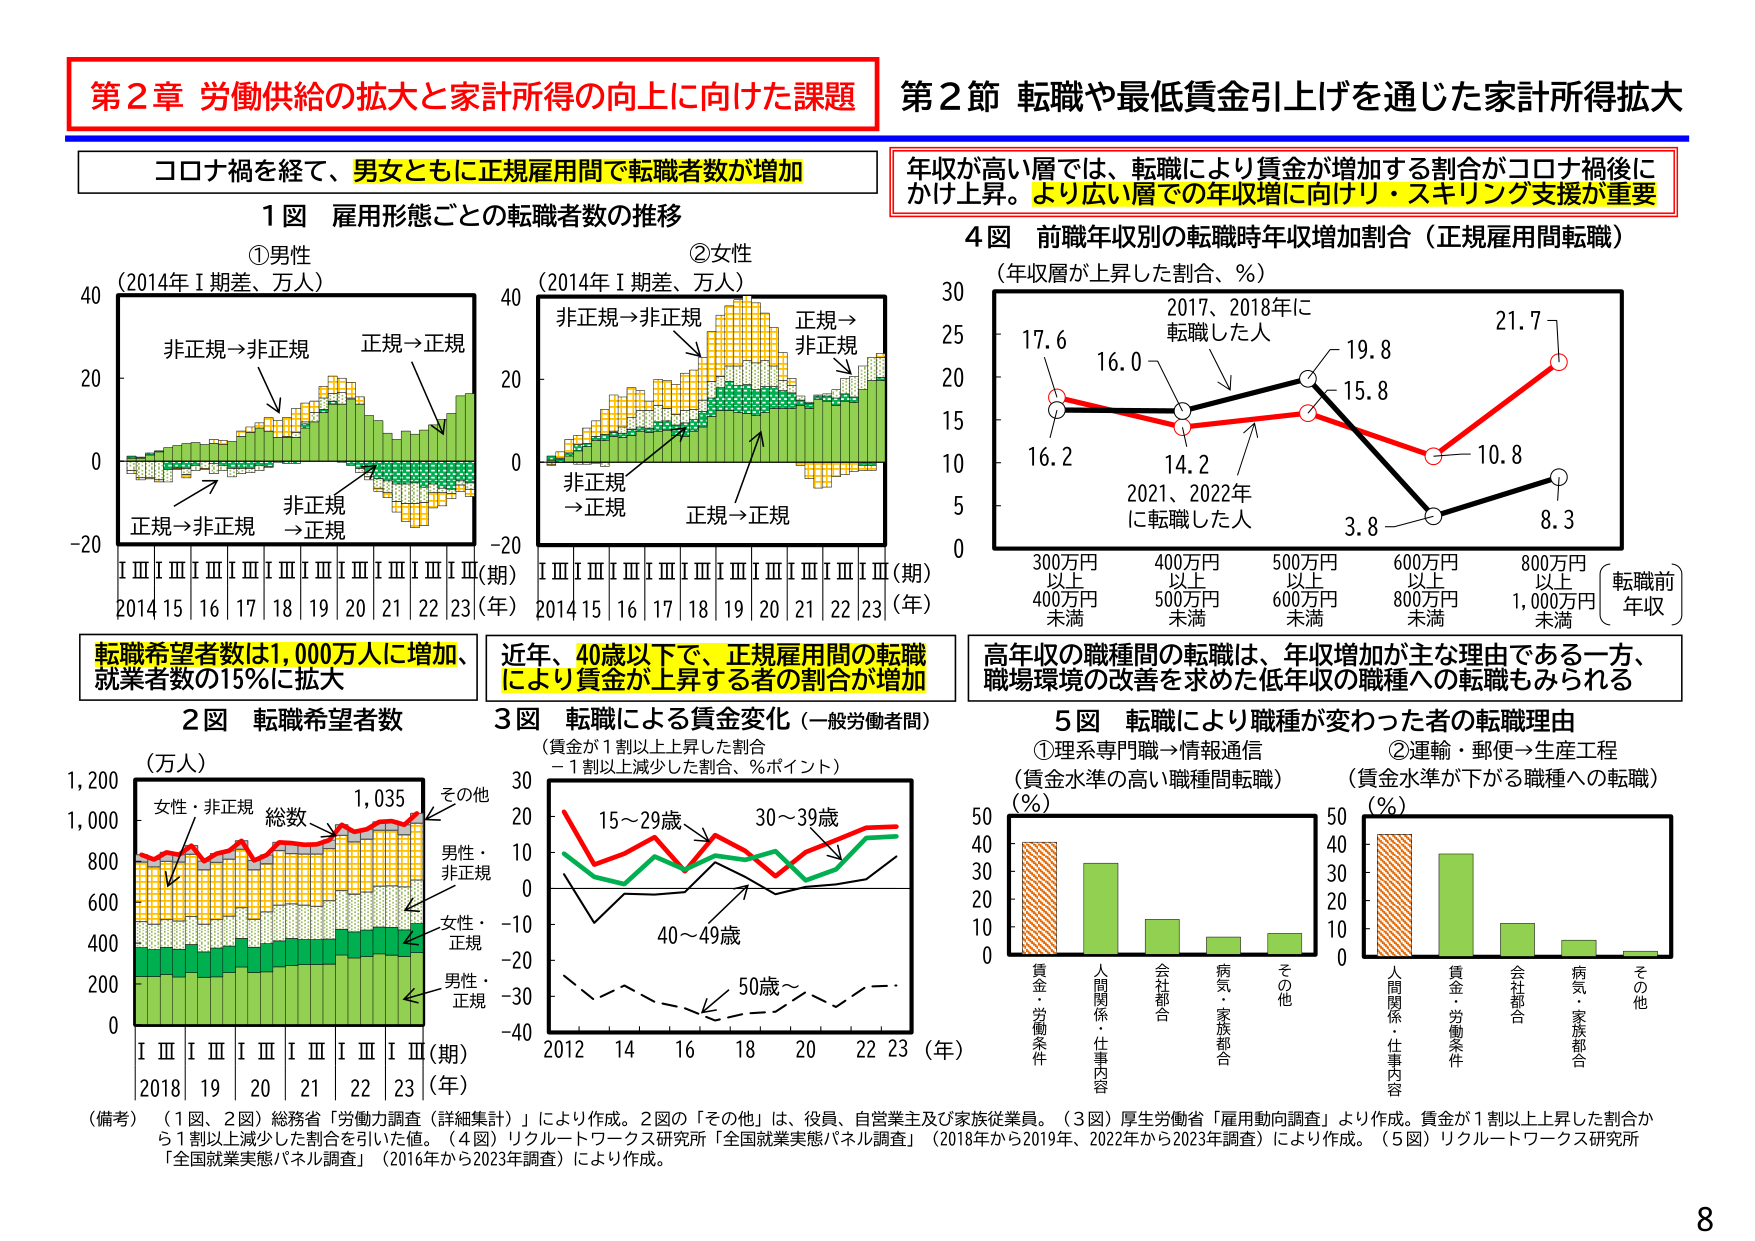
第２章 労働供給の拡大と家計所得の向上に向けた課題
コロナ禍を経て、男女ともに正規雇用間で転職者数が増加
１図 雇用形態ごとの転職者数の推移
①男性 （2014年Ⅰ期差、万人）
非正規→非正規
正規→正規
非正規→正規
正規→非正規
（期）
2014 15 16 17 18 19 20 21 22 23（年）
②女性 （2014年Ⅰ期差、万人）
非正規→非正規
正規→非正規
非正規→正規
正規→正規
（期）
2014 15 16 17 18 19 20 21 22 23（年）
転職希望者数は1,000万人に増加、就業者数の15％に拡大
２図 転職希望者数
（万人）
女性・非正規 総数 1,035 その他
男性・非正規
女性・正規
男性・正規
Ⅰ Ⅲ Ⅰ Ⅲ Ⅰ Ⅲ Ⅰ Ⅲ Ⅰ Ⅲ（期）
2018 19 20 21 22 23（年）
近年、40歳以下で、正規雇用間の転職により賃金が上昇する者の割合が増加
３図 転職による賃金変化（一般労働者間）
（賃金が1割以上上昇した割合－1割以上減少した割合、％ポイント）
15～29歳
30～39歳
40～49歳
50歳～
2012 14 16 18 20 22 23（年）
第２節 転職や最低賃金引上げを通じた家計所得拡大
年収が高い層では、転職により賃金が増加する割合がコロナ禍後にかけ上昇。より広い層での年収増に向けリ・スキリング支援が重要
４図 前職年収別の転職時年収増加割合（正規雇用間転職）
（年収層が上昇した割合、％）
17.6
16.0
19.8
21.7
16.2
14.2
15.8
10.8
3.8
8.3
2017、2018年に転職した人
2021、2022年に転職した人
300万円以上 400万円未満
400万円以上 500万円未満
500万円以上 600万円未満
600万円以上 800万円未満
800万円以上 1,000万円未満
（転職前年収）
高年収の職種間の転職は、年収増加が主な理由である一方、職場環境の改善を求めた低年収の職種への転職もみられる
５図 転職により職種が変わった者の転職理由
①理系専門職→情報通信 （賃金水準の高い職種間転職）
②運輸・郵便→生産工程 （賃金水準が下がる職種への転職）
（％）
賃金・労働条件
人間関係・仕事内容
会社都合
病気・家族都合
その他
（％）
人間関係・仕事内容
賃金・労働条件
会社都合
病気・家族都合
その他
（備考）（１図、２図）総務省「労働力調査（詳細集計）」により作成。２図の「その他」は、役員、自営業主及び家族従業員。（３図）厚生労働省「雇用動向調査」より作成。賃金が1割以上上昇した割合から1割以上減少した割合を引いた値。（４図）リクルートワークス研究所「全国就業実態パネル調査」（2018年から2019年、2022年から2023年調査）により作成。（５図）リクルートワークス研究所「全国就業実態パネル調査」（2016年から2023年調査）により作成。
8